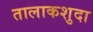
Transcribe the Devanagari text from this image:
तालाकशुदा